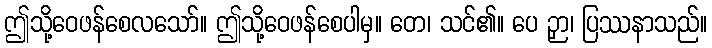
ဤသို့ဝေဖန်စေလသော်။ ဤသို့ဝေဖန်စေပါမှ။ တေ၊ သင်၏။ ပေ ဉှာ၊ ပြဿနာသည်။